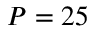
P = 2 5